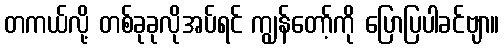
တကယ်လို့ တစ်ခုခုလိုအပ်ရင် ကျွန်တော့်ကို ပြောပြပါခင်ဗျာ။